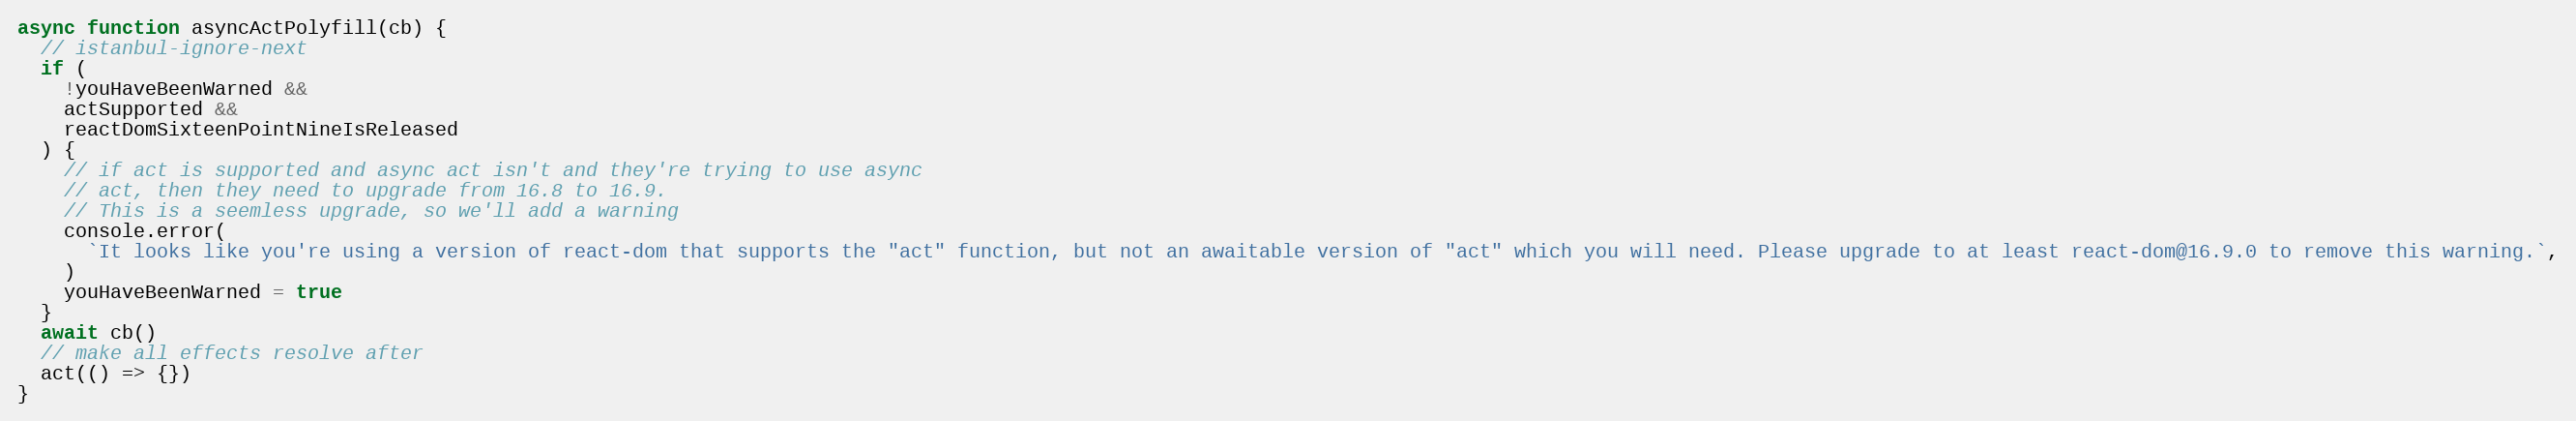
Language: JavaScript
async function asyncActPolyfill(cb) {
  // istanbul-ignore-next
  if (
    !youHaveBeenWarned &&
    actSupported &&
    reactDomSixteenPointNineIsReleased
  ) {
    // if act is supported and async act isn't and they're trying to use async
    // act, then they need to upgrade from 16.8 to 16.9.
    // This is a seemless upgrade, so we'll add a warning
    console.error(
      `It looks like you're using a version of react-dom that supports the "act" function, but not an awaitable version of "act" which you will need. Please upgrade to at least react-dom@16.9.0 to remove this warning.`,
    )
    youHaveBeenWarned = true
  }
  await cb()
  // make all effects resolve after
  act(() => {})
}